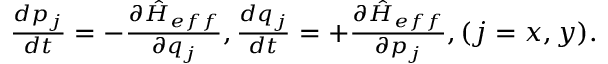
\begin{array} { r } { \frac { d p _ { j } } { d t } = - \frac { \partial \hat { H } _ { e f f } } { \partial q _ { j } } , \frac { d q _ { j } } { d t } = + \frac { \partial \hat { H } _ { e f f } } { \partial p _ { j } } , ( j = x , y ) . } \end{array}